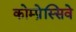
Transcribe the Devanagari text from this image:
कोम्प्रेस्सिवे